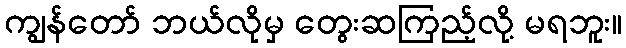
ကျွန်တော် ဘယ်လိုမှ တွေးဆကြည့်လို့ မရဘူး။